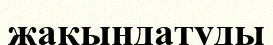
жақындатуды